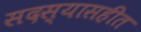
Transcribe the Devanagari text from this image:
सदस्यासहीत